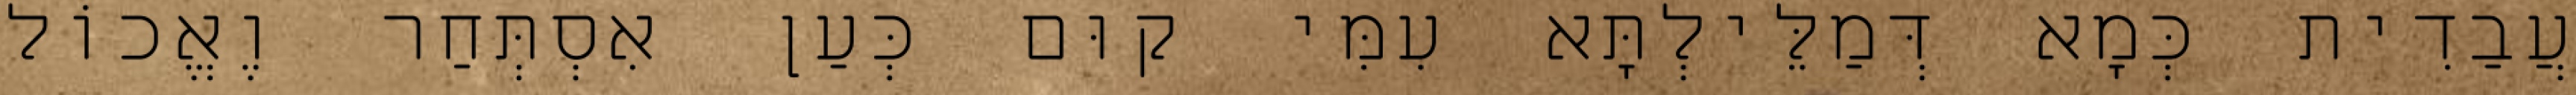
עֲבַדִית כְּמָא דְּמַלֵּילְתָּא עִמִּי קוּם כְּעַן אִסְתְּחַר וֶאֱכוֹל